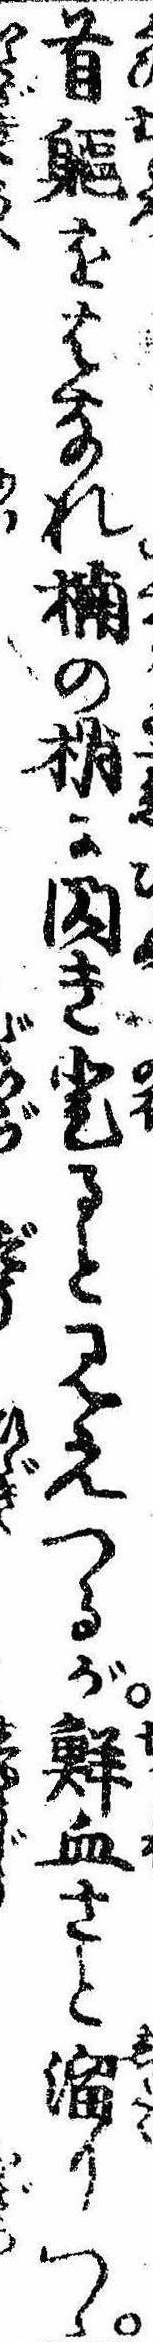
首躯をはなれ楠の梢に閃き登ると見えつるが鮮血さと溜りつゝ